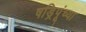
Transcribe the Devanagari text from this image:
षड्रिपूंच्या